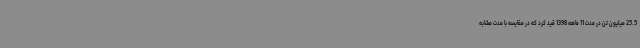
25.5 میلیون تن در مدت 11 ماهه 1398 قید کرد که در مقایسه با مدت مشابه